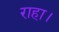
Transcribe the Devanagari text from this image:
राहा।